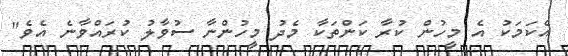
އެކަމަކު އެ މީހުން ކުރާ ކަންތަކާ މެދު މީހުންނާ ސުވާލު ކުރައްވާނެ އެވެ"